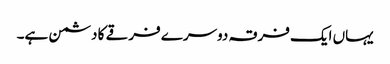
یہاں ایک فرقہ دوسرے فرقے کا دشمن ہے۔